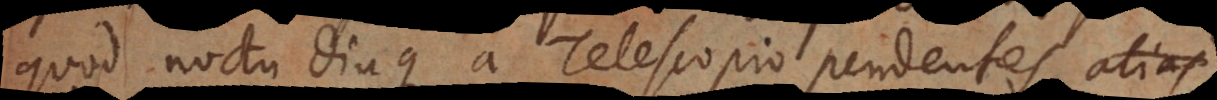
quod noctu diuque a Telescopio pendentes alias